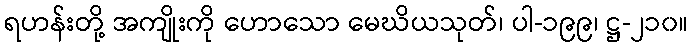
ရဟန်းတို့ အကျိုးကို ဟောသော မေဃိယသုတ်၊ ပါ-၁၉၉၊ ဋ္ဌ-၂၁၀။